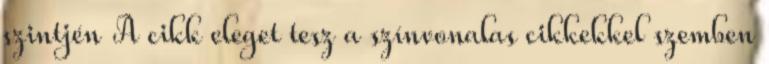
szintjén A cikk eleget tesz a színvonalas cikkekkel szemben